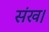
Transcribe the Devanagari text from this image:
संख।